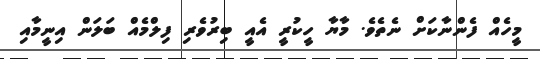
މީހެއް ފެންނާކަށް ނެތެވެ. މާޔާ ހީކުރީ އެއީ ބިރުވެރި ފިލްމެއް ބަލަން އިނީމާއި